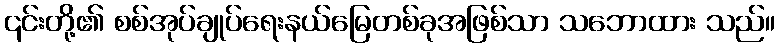
၎င်းတို့၏ စစ်အုပ်ချုပ်ရေးနယ်မြေတစ်ခုအဖြစ်သာ သဘောထား သည်။